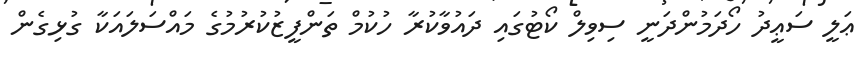
ޢަލީ ސަޢީދު ހޯދަމުންދަނީ ސިވިލް ކޯޓުގައި ދައުވާކުރާ ހުކުމް ތަންފީޒުކުރުމުގެ މައްސަލައަކާ ގުޅިގެން